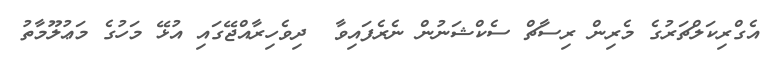
އެގްރިކަލްޗަރުގެ މެރިން ރިސާޗް ސެކްޝަނުން ނެރެފައިވާ  ދިވެހިރާއްޖޭގައި އުޅޭ މަހުގެ މަޢުލޫމާތު